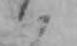
ハ